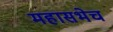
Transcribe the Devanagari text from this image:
महासभेच